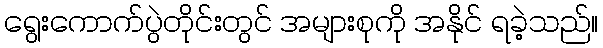
ရွေးကောက်ပွဲတိုင်းတွင် အများစုကို အနိုင် ရခဲ့သည်။